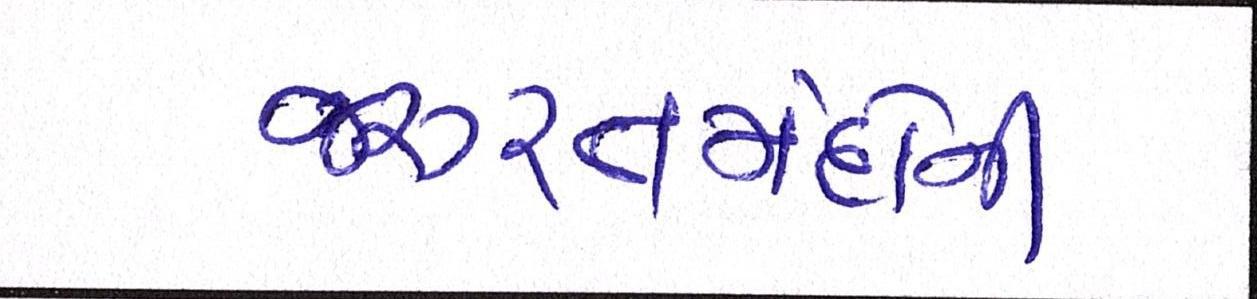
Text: જરૂરતમંદોની